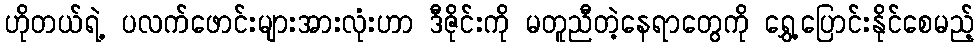
ဟိုတယ်ရဲ့ ပလက်ဖောင်းများအားလုံးဟာ ဒီဇိုင်းကို မတူညီတဲ့နေရာတွေကို ရွှေ့ပြောင်းနိုင်စေမည့်